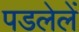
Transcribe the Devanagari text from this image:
पडलेलें